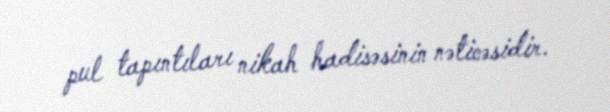
pul tapıntıları nikah hadisəsinin nəticəsidir.